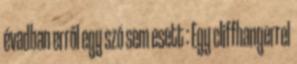
évadban erről egy szó sem esett : Egy cliffhangerrel